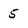
Character: 5